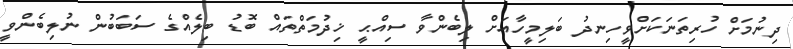
ދިނުމަށް ހުރިތަނަކަށްވީހިނދު ބަލިމީހާއަށް ލިބެންވާ ސިއްޙީ ޚިދުމަތްތައް ބޮޑު ބިލެއްގެ ސަބަބުން ނުލިބެންވީ